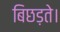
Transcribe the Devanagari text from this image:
बिछड़ते।